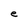
Character: e